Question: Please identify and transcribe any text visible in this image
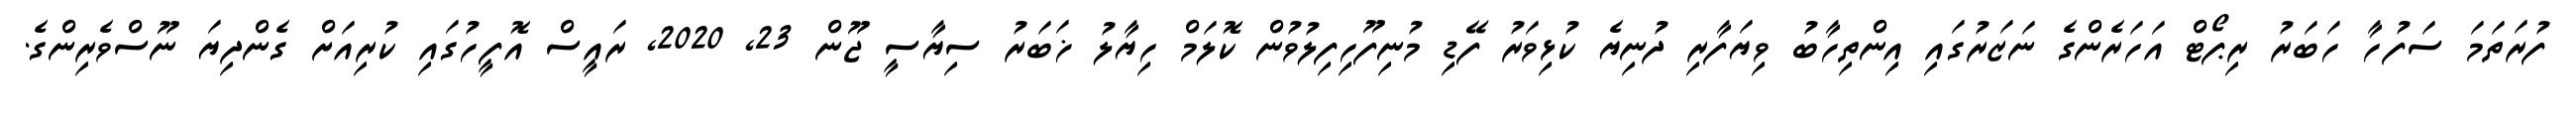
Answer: ފުރަތަމަ ސަފުހާ ހަބަރު ރިޕޯޓް އަހަރެންގެ ނަޒަރުގައި އިންތިހާބު ވިޔަފާރި ދުނިޔެ ކުޅިވަރު ފޭޑި މުނިފޫހިފިލުވުން ކޮލަމް ހިޔާލު ޚަބަރު ސިޔާސީ ޖޫން 23, 2020, ރައީސް އޮފީހުގައި ކުރިއަށް ގެންދިޔަ ނޫސްވެރިންގެ.